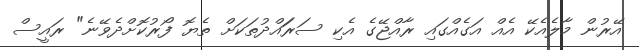
އޭރުން މާލެއެކޭ އެއް އަގެއްގައި ރާއްޖޭގެ އެކި ސަރަައްދުތަކަށް ތެޔޮ ފޯރުކޮށްދެވޭނެ" ރައީސް